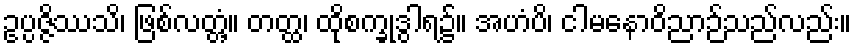
ဥပ္ပဇ္ဇိဿသိ၊ ဖြစ်လတ္တံ့။ တတ္ထ၊ ထိုစက္ခုဒွါရ၌။ အဟံပိ၊ ငါမနောဝိညာဉ်သည်လည်း။